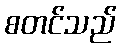
စတင်သည်